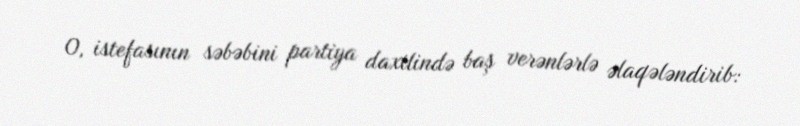
O, istefasının səbəbini partiya daxilində baş verənlərlə əlaqələndirib: